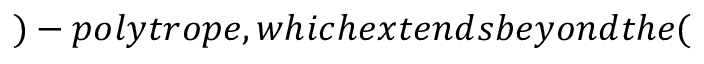
) - p o l y t r o p e , w h i c h e x t e n d s b e y o n d t h e (